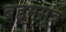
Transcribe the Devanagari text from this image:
ब्रहमसूत्र